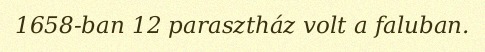
1658-ban 12 parasztház volt a faluban.